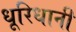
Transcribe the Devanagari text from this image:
धूरिधानी